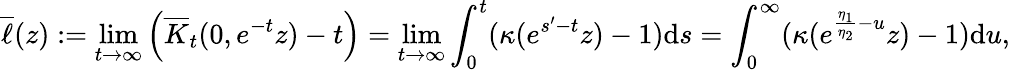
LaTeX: \overline{{\ell}}(z):=\operatorname*{lim}_{t\to\infty}\left(\overline{K}_{t}(0,e^{-t}z)-t\right)=\operatorname*{lim}_{t\to\infty}\int_{0}^{t}(\kappa(e^{s^{\prime}-t}z)-1)\mathrm{d}s=\int_{0}^{\infty}(\kappa(e^{\frac{\eta_{1}}{\eta_{2}}-u}z)-1)\mathrm{d}u,